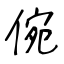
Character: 倇